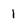
Character: l